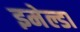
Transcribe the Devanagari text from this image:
इमेल्डा